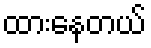
ထားနေတယ်